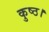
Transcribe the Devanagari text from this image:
कुष्ठ।